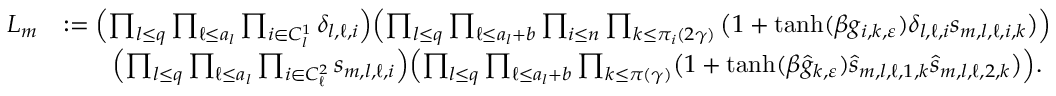
\begin{array} { r l } { L _ { m } } & { : = \Bigl ( \prod _ { l \leq q } \prod _ { \ell \leq a _ { l } } \prod _ { i \in C _ { l } ^ { 1 } } \delta _ { l , \ell , i } \Bigr ) \Bigl ( \prod _ { l \leq q } \prod _ { \ell \leq a _ { l } + b } \prod _ { i \le n } \prod _ { k \le \pi _ { i } ( 2 \gamma ) } \big ( 1 + \operatorname { t a n h } ( \beta g _ { i , k , \varepsilon } ) \delta _ { l , \ell , i } s _ { m , l , \ell , i , k } \big ) \Bigr ) } \\ & { \qquad \Bigl ( \prod _ { l \leq q } \prod _ { \ell \leq a _ { l } } \prod _ { i \in C _ { \ell } ^ { 2 } } s _ { m , l , \ell , i } \Bigr ) \Bigl ( \prod _ { l \leq q } \prod _ { \ell \leq a _ { l } + b } \prod _ { k \le \pi ( \gamma ) } \bigl ( 1 + \operatorname { t a n h } ( \beta \hat { g } _ { k , \varepsilon } ) { \hat { s } } _ { m , l , \ell , 1 , k } { \hat { s } } _ { m , l , \ell , 2 , k } \bigr ) \Bigr ) . } \end{array}